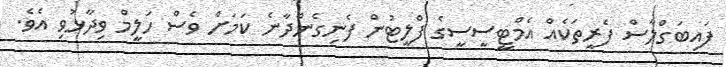
ފައިބަގްލާސް ފެރީތަކެއް އެމްޓީސީސީގެ ފްލީޓުން ފެނިގެންދާނެ ކަމަށް ވެސް ހަލީމް ވިދާޅުވި އެވެ.